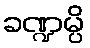
ခဏ္ဍမ္ပိ